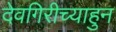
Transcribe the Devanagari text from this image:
देवगिरीच्याहुन